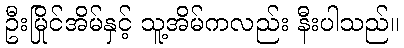
ဦးမြိုင်အိမ်နှင့် သူ့အိမ်ကလည်း နီးပါသည်။